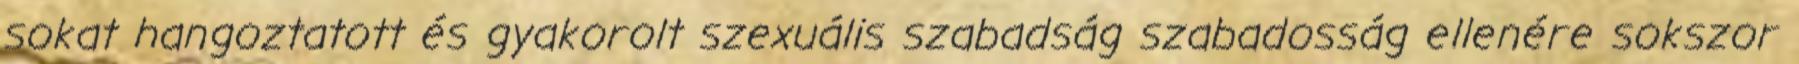
sokat hangoztatott és gyakorolt szexuális szabadság szabadosság ellenére sokszor